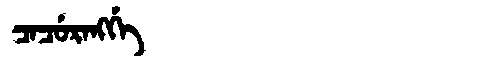
Manchu: ᠴᠠᠴᡠᡵᠠᠩᡤᡝ
Romanization: CACURANGGE